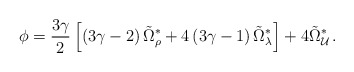
\begin{align*}\phi = \frac{3\gamma}{2}\left[ \left(3\gamma-2\right)\tilde{\Omega}^\ast_\rho+4\left(3\gamma-1\right)\tilde{\Omega}^\ast_\lambda\right]+4\tilde{\Omega}^\ast_{\cal U}\,.\end{align*}